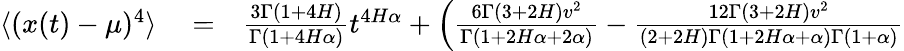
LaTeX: \begin{array}{rlr}{\langle(x(t)-\mu)^{4}\rangle}&{{}=}&{\frac{3\Gamma(1+4H)}{\Gamma(1+4H\alpha)}t^{4H\alpha}+\left(\frac{6\Gamma(3+2H)v^{2}}{\Gamma(1+2H\alpha+2\alpha)}-\frac{12\Gamma(3+2H)v^{2}}{(2+2H)\Gamma(1+2H\alpha+\alpha)\Gamma(1+\alpha)}\right.}\end{array}